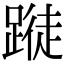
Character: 𨃝